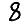
Digit: 8